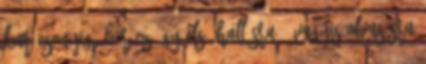
Karácsonyig. Bár ez így első hallásra – vagyis olvasásra